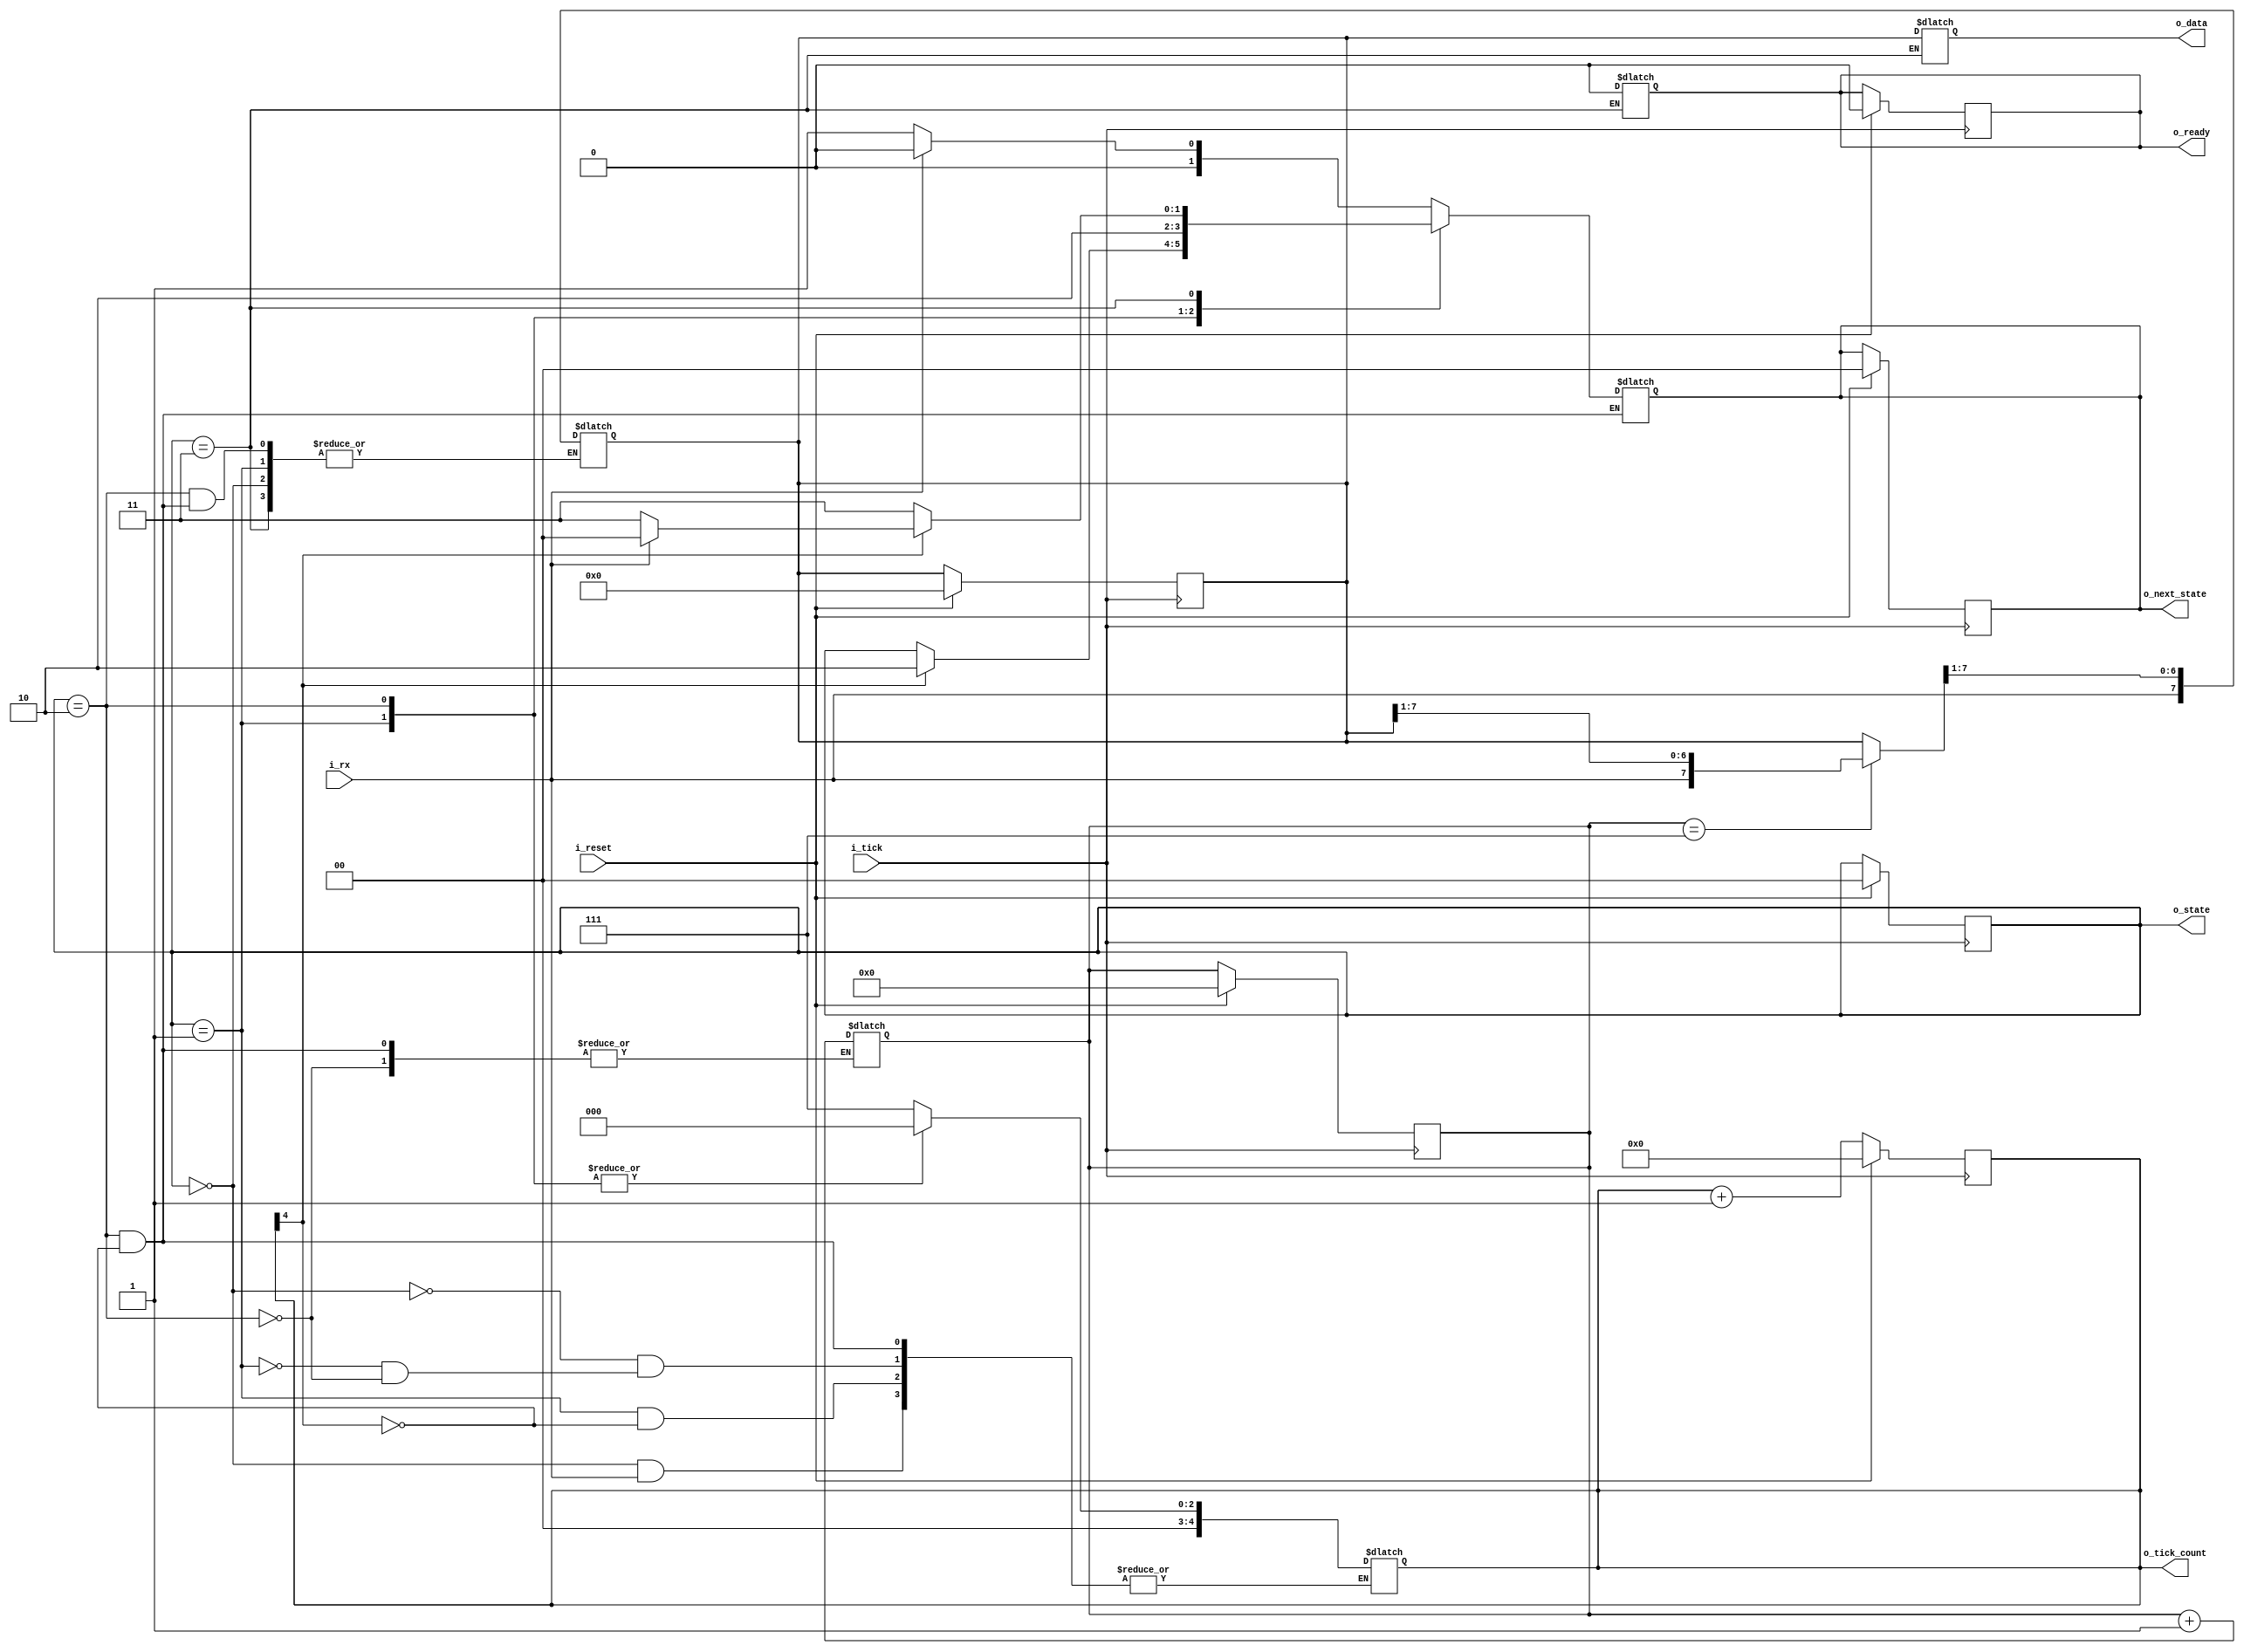
`timescale 1ns / 1ps

module mod_rx
#(//---params
    parameter NB_DATA = 8 //tamao del dato a recibir
)
(//---I/O
    input i_reset,
    input i_rx,
    input i_tick,
    
    output wire [NB_DATA-1:0] o_data,
    output wire o_ready,
    output wire [4:0] o_tick_count, //lo usamos para ver como esta el contador en determinado instante
    output wire [1:0] o_state,
    output wire [1:0] o_next_state
);

//---variables/assignments
localparam idle  = 2'b00;
localparam start = 2'b01;
localparam recv  = 2'b10;
localparam stop  = 2'b11;
reg [1:0] state;
reg [1:0] next_state;
reg [NB_DATA-1:0] shift_register;
reg [NB_DATA-1:0] data;
reg ready;
reg [3:0] data_pos;
reg [4:0] tick_count;


assign o_tick_count     = tick_count;
assign o_state          = state;
assign o_next_state     = next_state;
assign o_ready          = ready;
assign o_data           = data;

//-----------------------------------------------------------
//---body
//-----------------------------------------------------------

always @(posedge i_tick)
begin
    if(i_reset)
        begin
            state = 2'b00;
            next_state <= 2'b00;
            tick_count <= 5'b00000;
            shift_register <= {NB_DATA{1'b0}};
            data_pos <= {4'b0000};
            ready <= 1'b0;
        end
       
    else
        begin
            //state = next_state;
            tick_count = tick_count+1;
        end
        
end
   

//---next_state logic
always @(*)
case(state)
    idle: 
        begin
            if(i_rx == 1'b0)
                begin
                    next_state <= start; //si llega el bit de start (cero) pasa al siguente estado
                    tick_count <= 7; //setea el contador en 7 para que desborde a los 8 ticks en el siguiente estado
                end
            else
                next_state <= idle; //queda donde esta
                //tick_count <= 0;        
        end
       
    start:
        begin
            if(tick_count[4] ==1)
                begin
                    next_state <=recv;
                    tick_count <= 0;
                    //data_pos <= 0;
                end
            else
                next_state <=state;
                //tick_count <= tick_count;
                //data_pos <= 0;    
        end // start
            
            
            
            
            
    recv: 
        begin
           if(tick_count[4] == 1'b1 )
                begin
                    if(data_pos == NB_DATA-1)
                        begin
                            tick_count <= 0;
                            next_state <= stop;
                            shift_register = {i_rx, shift_register[NB_DATA-1:1]};
                            data_pos <=0;
                            //ready <= 0;
                        end
                     else
                        tick_count <= 0;
                        next_state <= recv;
                        shift_register = {i_rx, shift_register[NB_DATA-1:1]};
                        data_pos <= data_pos+1;
                        //ready <= 0;
                
           end
        end //recv

    
    stop:
        begin
            if (tick_count[4] == 1'b1)
                begin
                    if( i_rx == 1'b1)
                    begin
                        next_state <= idle;
                        shift_register<= shift_register;
                        ready <= 1;
                    end
                    else
                        next_state <= stop;
                        shift_register<= shift_register;
                        ready <= 0;
                end
            else 
                next_state <= stop;
                data<= shift_register;
                ready <= 0;
        end

    default: next_state = idle;
endcase


endmodule